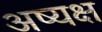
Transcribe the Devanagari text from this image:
अष्यक्ष